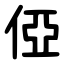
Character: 俹